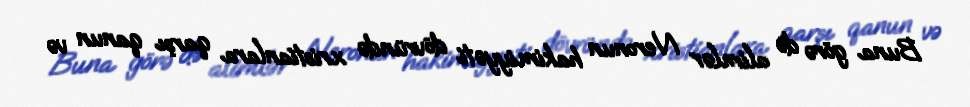
Buna görə də alimlər Neronun hakimiyyəti dövründə xristianlara qarşı qanun və